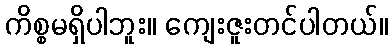
ကိစ္စမရှိပါဘူး။ ကျေးဇူးတင်ပါတယ်။